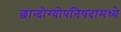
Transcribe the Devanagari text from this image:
छान्दोग्योपनिषदामध्ये